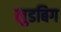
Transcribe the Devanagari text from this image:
लुडबिग